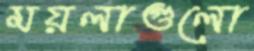
ময়লাগুলো